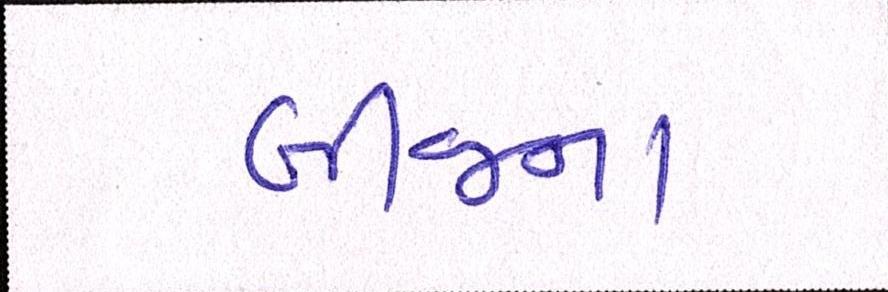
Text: બીજના